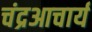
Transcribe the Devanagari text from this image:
चंद्रआचार्य